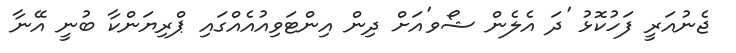
ޖެނުއަރީ ފަހުކޮޅު 'ދަ އެލެން ޝޯވ'އަށް ދިން އިންޓަވިއުއެއްގައި ޕްރިޔަންކާ ބުނީ އޭނާ